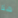
هنا